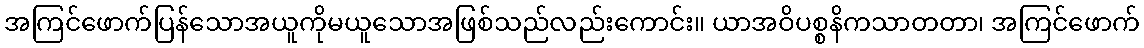
အကြင်ဖောက်ပြန်သောအယူကိုမယူသောအဖြစ်သည်လည်းကောင်း။ ယာအဝိပစ္စနိကသာတတာ၊ အကြင်ဖောက်